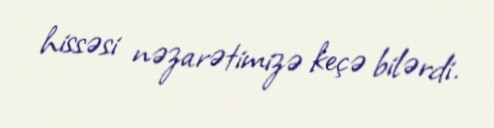
hissəsi nəzarətimizə keçə bilərdi.